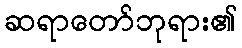
ဆရာတော်ဘုရား၏